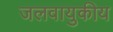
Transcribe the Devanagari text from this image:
जलवायुकीय